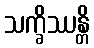
သက္ခိဿန္တိ